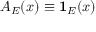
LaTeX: A _ { E } ( x ) \equiv \mathbf { 1 } _ { E } ( x )